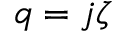
q = j \zeta